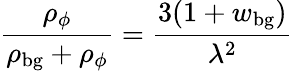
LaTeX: \frac{\rho_{\phi}}{\rho_{\mathrm{bg}}+\rho_{\phi}}=\frac{3(1+w_{\mathrm{bg}})}{\lambda^{2}}